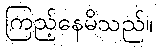
ကြည့်နေမိသည်။